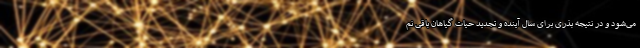
می‌شود و در نتیجه بذری برای سال آینده و تجدید حیات گیاهان باقی نم